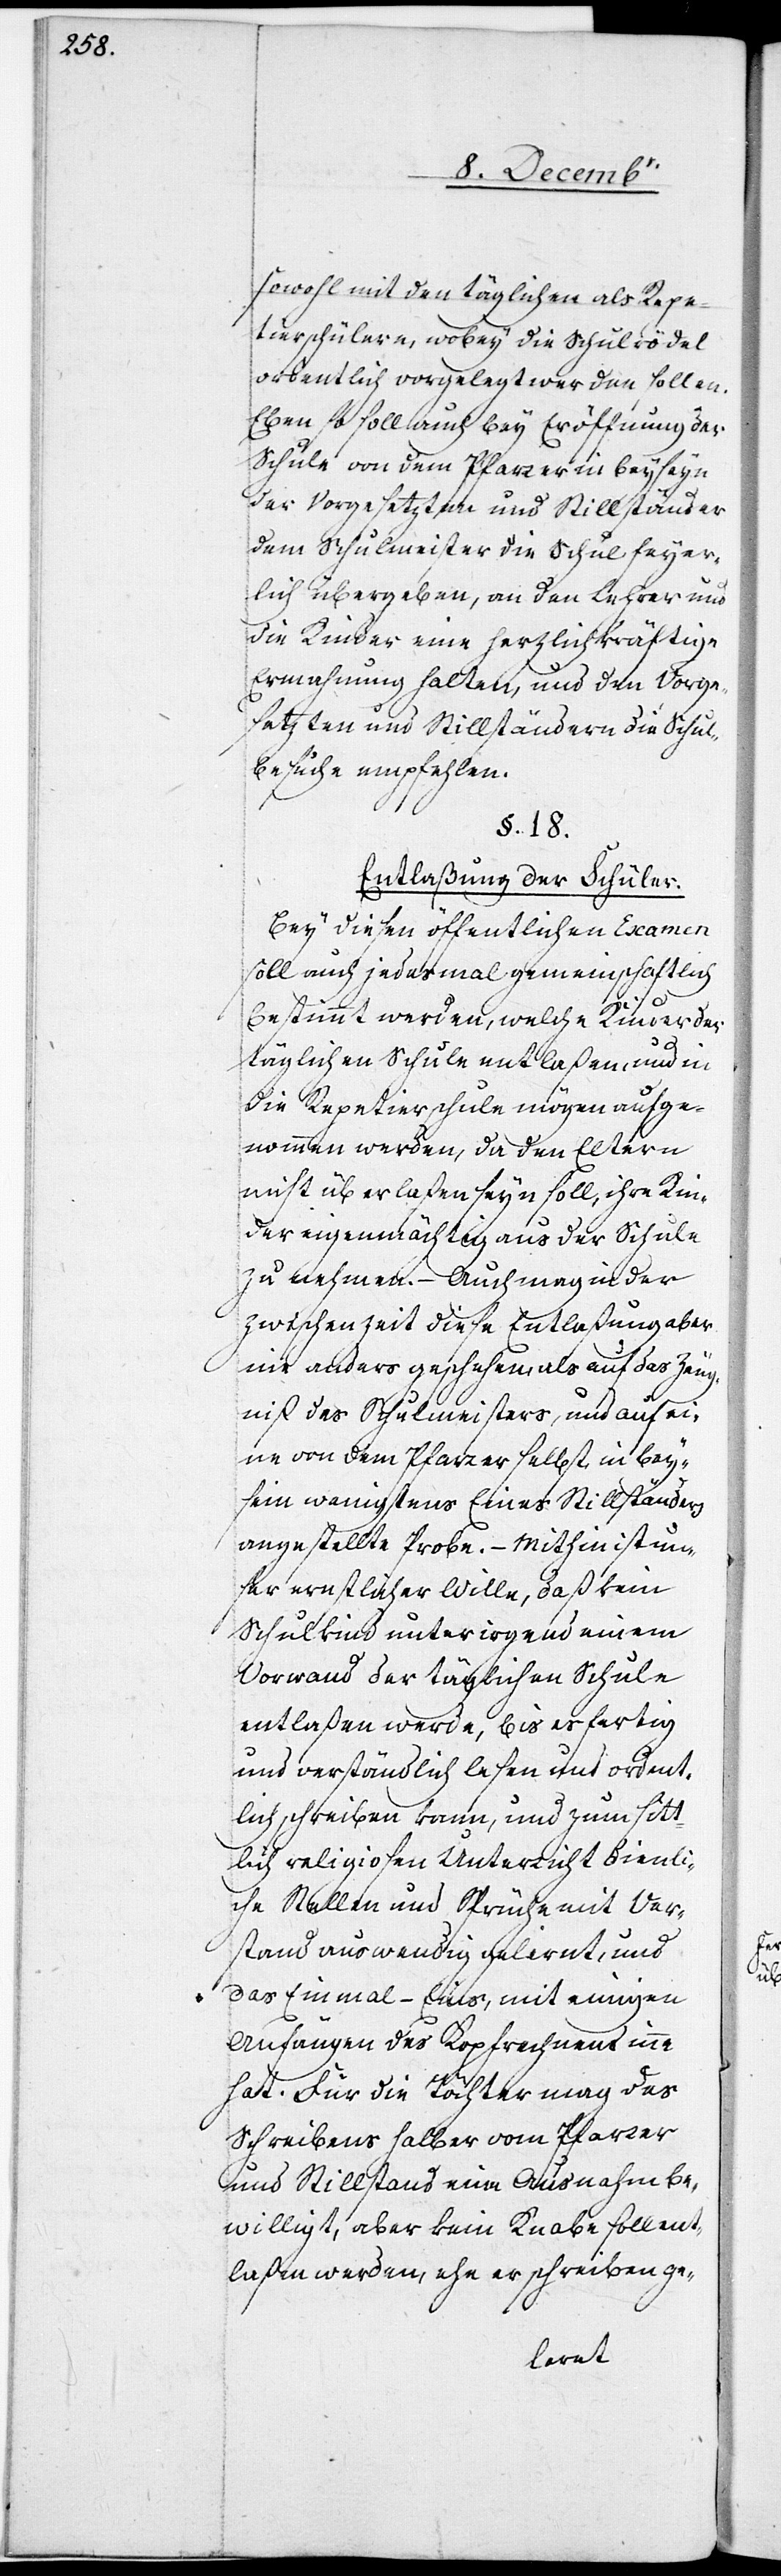
sowohl mit den täglichen als Repe¬
tierschülern, wobey die Schulrödel
ordentlich vorgelegt werden sollen.
Eben so soll auch bey Eröffnung der
Schule von dem Pfarrer in Beyseyn
der Vorgesetzten und Stillständer
dem Schulmeister die Schul feyer¬
lich übergeben, an den Lehrer und
die Kinder eine herzlich kräftige
Ermahnung halten, und den Vorge¬
setzten und Stillständern die Schul¬
besuche empfehlen.
§. 18.
Entlaßung der Schüler.
Bey diesen öffentlichen Examen
soll auch jedesmal gemeinschaftlich
bestimmt werden, welche Kinder der
täglichen Schule entlaßen, und in
die Repetierschule mögen aufge¬
nommen werden, da den Eltern
nicht überlaßen seyn soll, ihre Kin¬
der eigenmächtig aus der Schule
zu nehmen. – Auch mag in der
Zwischenzeit diese Entlaßung aber
nie anders geschehen als auf das Zeug¬
niß des Schulmeisters, und auf ei¬
ne von dem Pfarrer selbst, in Bey¬
seyn wenigstens Eines Stillständers
angestellte Probe. – Mithin ist un¬
ser ernstlicher Wille, daß kein
Schulkind unter irgend einem
Vorwand der täglichen Schule
entlaßen werde, bis es fertig
und verständlich lesen und ordent¬
lich schreiben kann, und zum sitt¬
lich religiosen Unterricht dienli¬
che Stellen und Sprüche mit Ver¬
stand auswendig gelernt, und
das Einmal-Eins, mit einigen
Anfängen des Kopfrechnens inne
hat. Für die Töchter mag des
Schreibens halber vom Pfarrer
und Stillstand eine Ausnahme be¬
willigt, aber kein Knabe soll ent¬
laßen werden, ehe er schreiben ge-